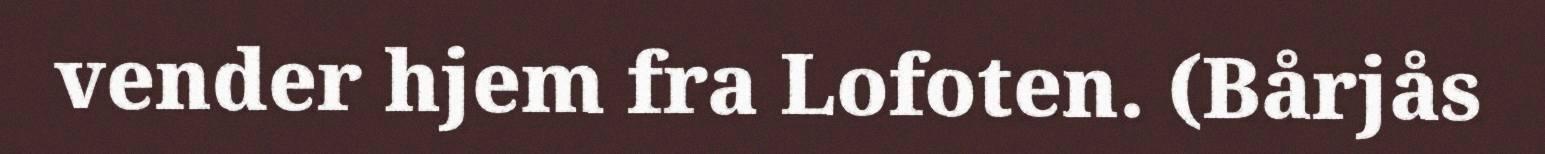
vender hjem fra Lofoten. (Bårjås